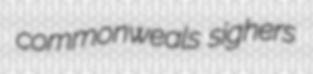
commonweals sighers